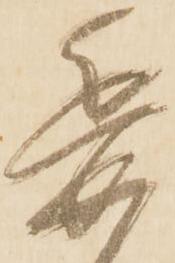
委